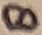
Text: 8